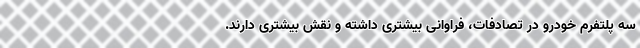
سه پلتفرم خودرو در تصادفات، فراوانی بیشتری داشته و نقش بیشتری دارند.